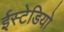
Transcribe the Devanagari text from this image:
ईस्टेडियो